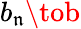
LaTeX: b_{\mathfrak{n}}\tob